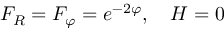
F _ { R } = F _ { \varphi } = e ^ { - 2 \varphi } , \quad H = 0